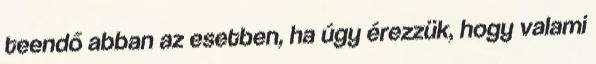
teendő abban az esetben, ha úgy érezzük, hogy valami